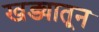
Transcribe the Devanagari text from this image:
खड्यातून